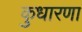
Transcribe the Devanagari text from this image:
कुधारणा